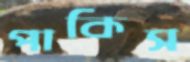
পাকিস